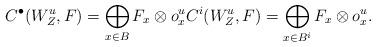
LaTeX: \begin{align*}\begin{aligned}C^{\bullet}(W^{u}_{Z}, F)=\bigoplus_{x\in B}F_{x}\otimes o^{u}_{x} C^{i}(W^{u}_{Z}, F)=\bigoplus_{x\in B^{i}}F_{x}\otimes o^{u}_{x}.\end{aligned}\end{align*}